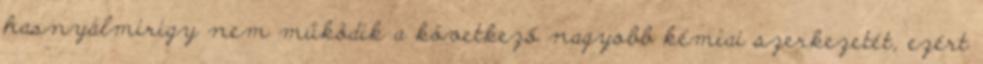
hasnyálmirigy nem működik a következő nagyobb kémiai szerkezetét, ezért